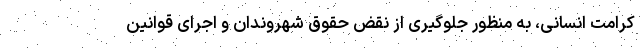
کرامت انسانی، به منظور جلوگیری از نقض حقوق شهروندان و اجرای قوانین